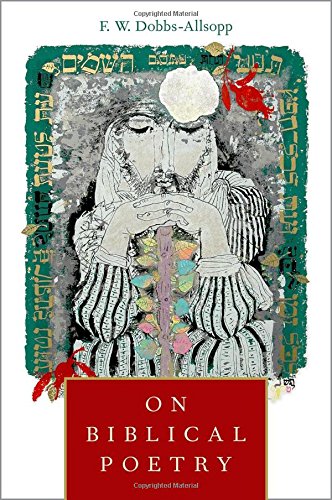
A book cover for On Biblical Poetry; F.W. Dobbs-Allsopp; Literature & Fiction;